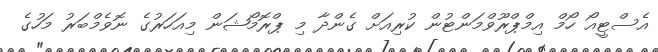
އެސްޓީއޯ ހޯމް އިމްޕްރޫވްމަންޓުން ކުރިއަށް ގެންދާ މި ޕްރޮމޯޝަން މިއަހަރުގެ ނޮވެމްބަރު މަހުގެ